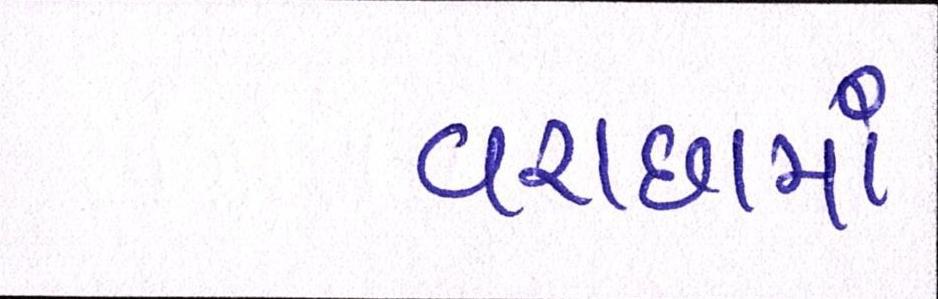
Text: વરાછામાં